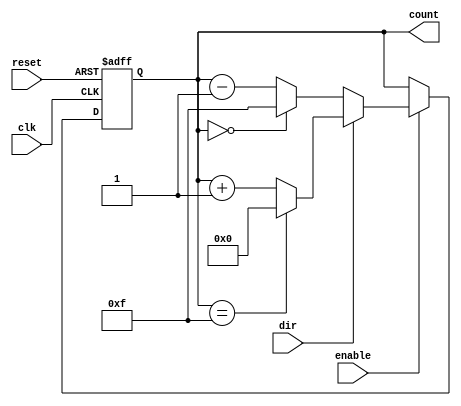
module SynchronousCounter #(
    parameter WIDTH = 4,            // Width of the counter
    parameter MAX_COUNT = (1 << WIDTH) - 1, // Maximum count value (2^WIDTH - 1)
    parameter INITIAL_VALUE = 0     // Initial value for the counter
)(
    input wire clk,                 // Clock signal
    input wire reset,               // Asynchronous reset
    input wire enable,              // Count enable
    input wire dir,                 // Count direction (1 = up, 0 = down)
    output reg [WIDTH-1:0] count    // Current count value
);

    // Always block triggered on the rising edge of the clock
    always @(posedge clk or posedge reset) begin
        if (reset) begin
            count <= INITIAL_VALUE; // Reset the counter to initial value
        end else if (enable) begin
            if (dir) begin
                // Count up
                if (count == MAX_COUNT) 
                    count <= 0; // Wrap around to 0
                else 
                    count <= count + 1; // Increment count
            end else begin
                // Count down
                if (count == 0) 
                    count <= MAX_COUNT; // Wrap around to max count
                else 
                    count <= count - 1; // Decrement count
            end
        end
    end

endmodule